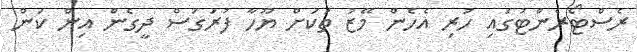
ރެސްޓޯރެންޓުގައި ހުރި އެހެން މޭޒު ތަކަށް ޔޫހާ ފުރަގަސް ދީގެން އިން ކަން